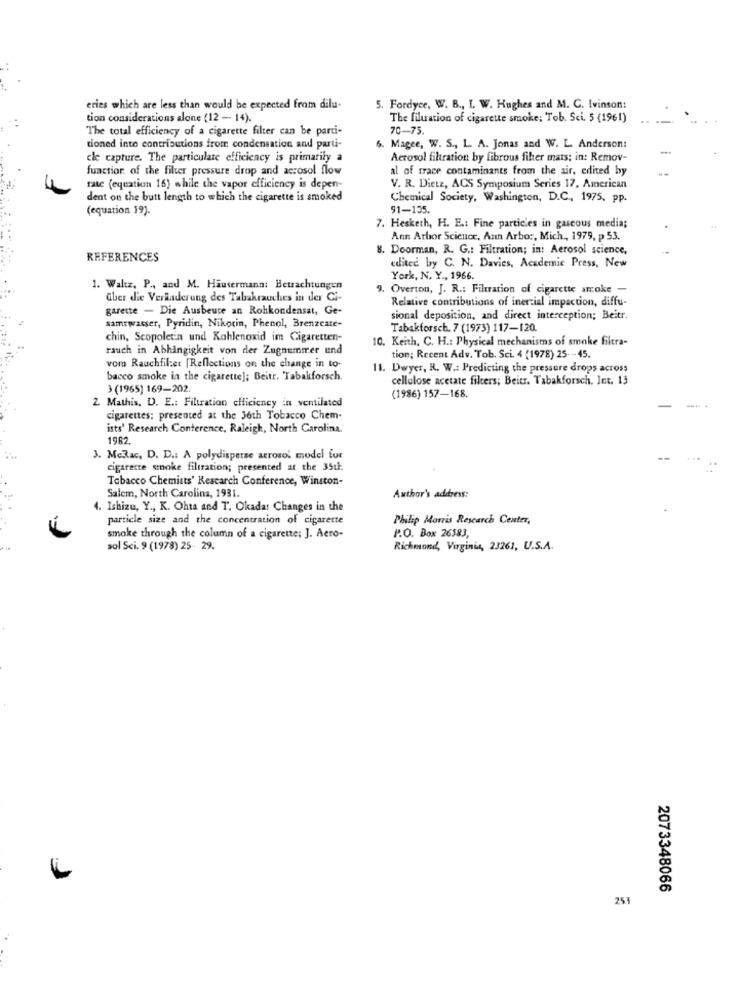
eries which are less than would be expected from dilu-
5. Fordyce, W. B ., I. W. Hughes and M. C. Ivinson:
tion considerations alone (12 - 14).
The filuation of cigarette smoke; Tob. Sci. 5 (1961)
The total efficiency of a cigarette filter can be parti-
70-75.
tioned into contributions from condensation and parti-
6. Magee, W. S ., L. A. Jonas and W. L. Anderson:
cle capture. The particulate efficiency is primarily a
Aerosol filtration by fibrous fiber mats; in: Remov-
function of the filter pressure drop and aerosol flow
al of frace contaminants from the air, edited by
rate (equation 16) while the vapor efficiency is depen-
V. R. Dietz, ACS Symposium Series 17, American
dent on the butt length to which the cigarette is smoked
Chemical Society, Washington, D.C ., 1975, pp.
(equation 19).
91-135.
7. Hesketh, H. E .: Fine particles in gaseous media;
Ann Arbor Science, Ann Arbor, Mich ,, 1979, p 53.
8. Doorman, R. G .: Filtration; in: Aerosol science,
REFERENCES
dice by C. N. Davies, Academic Press, New
York, N. Y ., 1966.
1. Waltz, P ., and M. Hausermann: Betrachtungen
9. Overton, J. R .: Filtration of cigarette smoke -
über die Veraadcrung des Tabakrauches in der Ci-
Relative contributions of inercial impaction, diffu-
garette - Die Ausbeute an Rohkondensat, Ge-
sional deposition, and direct interception; Beitr.
samtwasser, Pyridin, Nikotin, Phenol, Brenzcate-
Tabakforsch. 7 (1973) 117-120.
chin, Scopolet'n und Kahlenoxid im Cigaretten-
10. Keith, C. H .: Physical mechanisms of smoke filtra-
rauch in Abhängigkeit von der Zugnummer und
tion; Recent Adv. Tob. Sci. 4 (1978) 25- - 45.
vom Rauchfil:er [Reflections on the change in to-
11. Dwyer, R. W .: Predicting the pressure drops across
bacco smoke in the cigarette]; Beitr. Tabakforsch.
cellulose acetate filters; Beitr. Tabakforsch. Int. 13
3 (1965) 169-202
2. Mathis, D. E .: Filtration efficiency in ventilated
(1986) 157-168.
cigarettes; presented at the Joth Tobacco Chem-
ists' Research Conference, Raleigh, North Carolina.
1962.
3. MeRac, D. D .: A polydisperse aerosol model for
cigarette smoke filtration; presented at the 351.
Tobacco Chemists' Research Conference, Winston-
Salem, North Carolina, 1931.
Author's address:
4. Ishizu, Y ., K. Ohta and T. Okadar Changes in the
particle size and the concentration of cigarette
Philip Morris Research Center,
P.O. Box 26583,
smoke through the column of a cigarette; J. Aero-
sol Sci. 9 (1978) 25- 29.
Richmond, Virginia, 23261, U.S.A.
2073348066
253